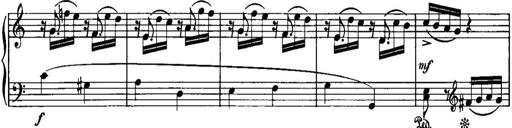
Title: Piano Sonatina No.1, Op.146
Composer: Stephen Heller